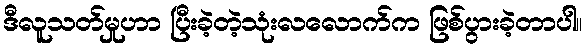
ဒီလူသတ်မှုဟာ ပြီးခဲ့တဲ့သုံးလလောက်က ဖြစ်ပွားခဲ့တာပါ။